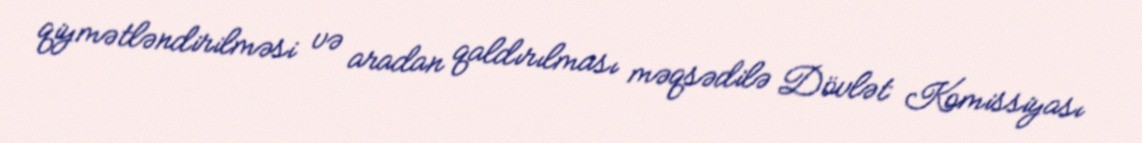
qiymətləndirilməsi və aradan qaldırılması məqsədilə Dövlət Komissiyası